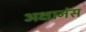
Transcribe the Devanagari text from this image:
अक्षानंस